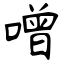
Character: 噌